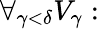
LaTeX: \forall_{\gamma<\delta}{V_{\gamma}:}